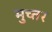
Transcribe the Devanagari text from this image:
मुच्तर